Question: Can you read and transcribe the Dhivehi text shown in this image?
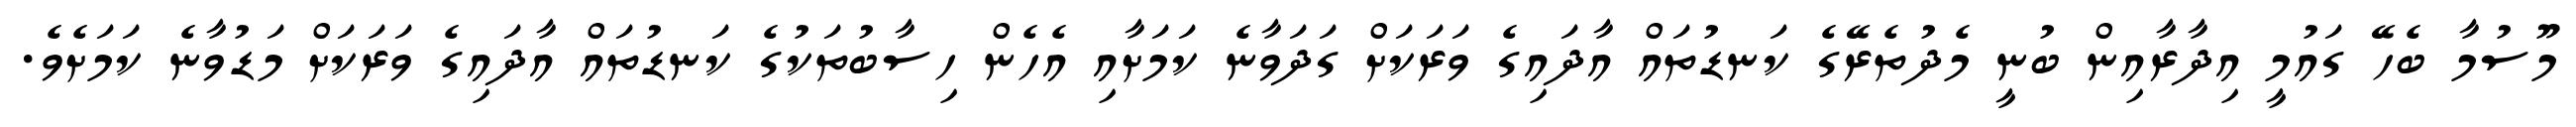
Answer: މޫސުމާ ބެހޭ ގައުމީ އިދާރާއިން ބުނީ މެދުތެރޭގެ ކަނޑުތައް އާދައިގެ ވަރަކަށް ގަދަވާނެ ކަމަށާއި އެހެން ހިސާބުތަކުގެ ކަނޑުތައް އާދައިގެ ވަރަކަށް މަޑުވާނެ ކަމަށެވެ.